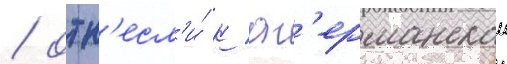
/ отн'есл'и́ к аг'ерманскои